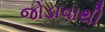
જોડાવાથી